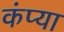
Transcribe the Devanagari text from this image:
कंप्या